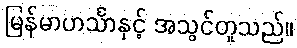
မြန်မာဟင်္သာနှင့် အသွင်တူသည်။